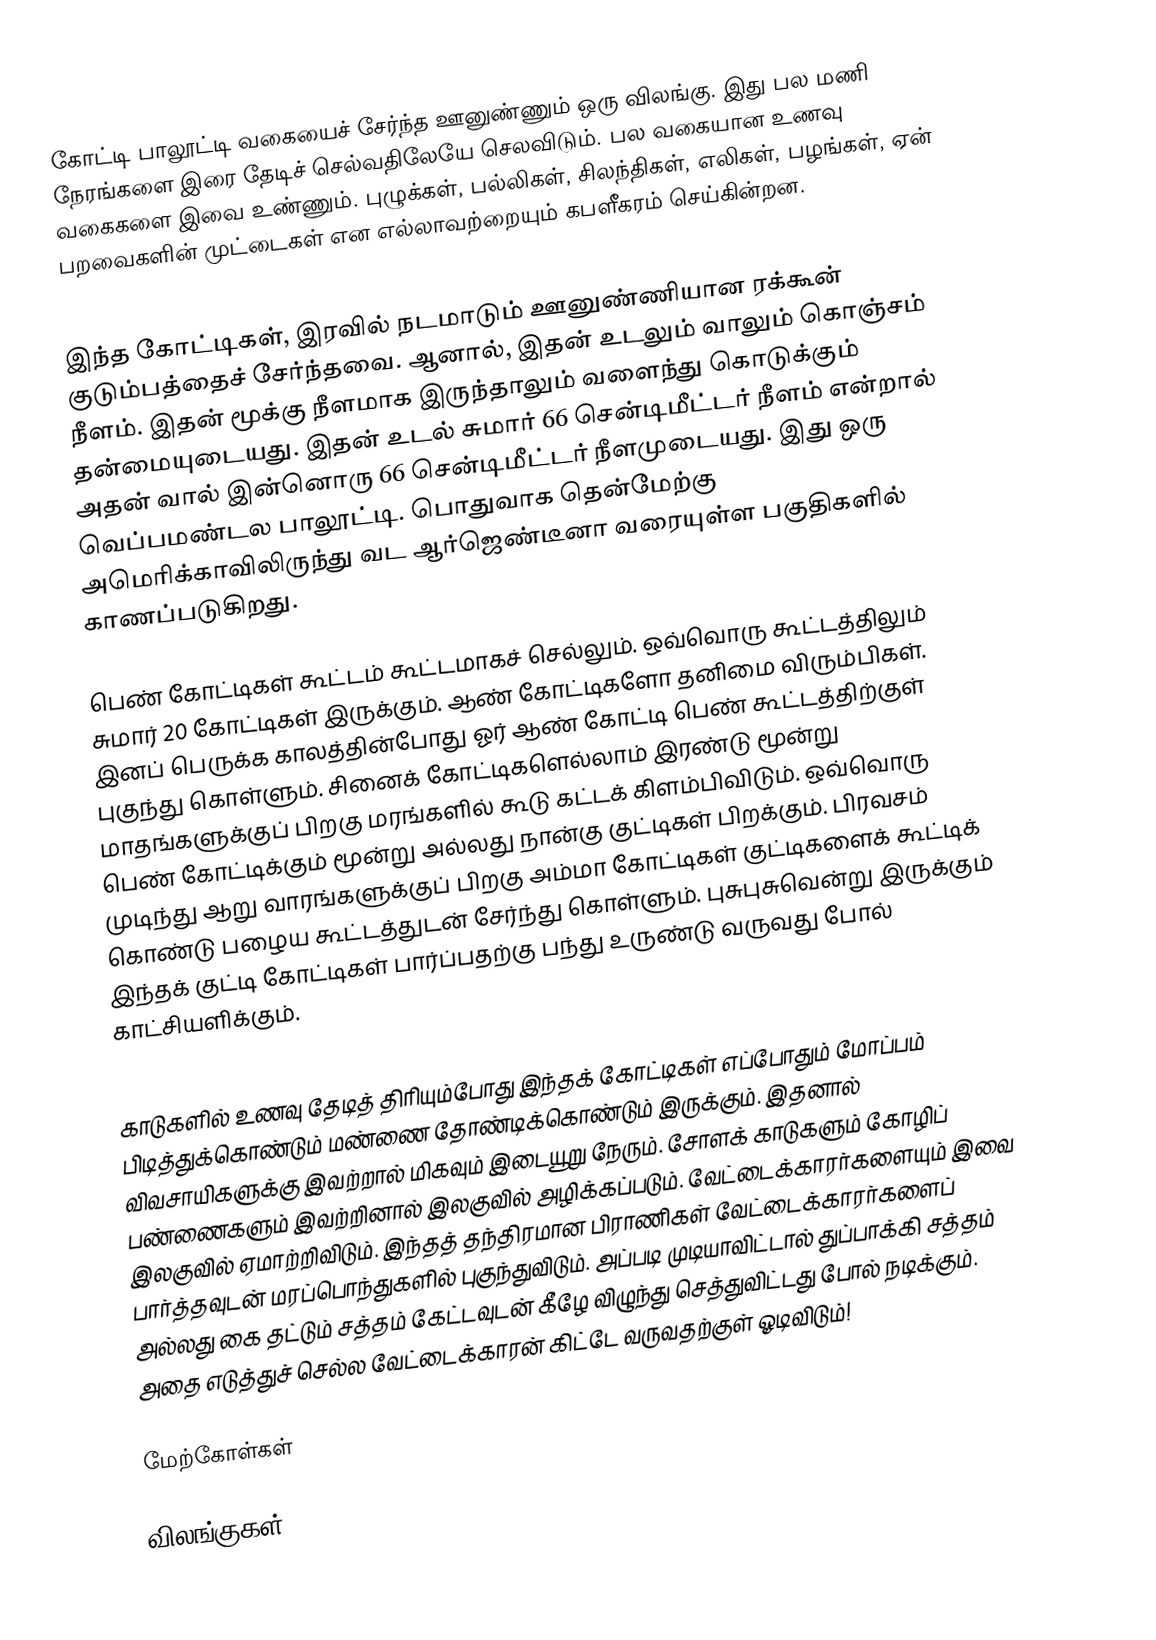
கோட்டி பாலூட்டி வகையைச் சேர்ந்த ஊனுண்ணும் ஒரு விலங்கு.  இது பல மணி நேரங்களை இரை தேடிச் செல்வதிலேயே செலவிடும். பல வகையான உணவு வகைகளை இவை உண்ணும். புழுக்கள், பல்லிகள், சிலந்திகள், எலிகள், பழங்கள், ஏன் பறவைகளின் முட்டைகள் என எல்லாவற்றையும் கபளீகரம் செய்கின்றன.

இந்த கோட்டிகள், இரவில் நடமாடும் ஊனுண்ணியான ரக்கூன் குடும்பத்தைச் சேர்ந்தவை. ஆனால், இதன் உடலும் வாலும் கொஞ்சம் நீளம். இதன் மூக்கு நீளமாக இருந்தாலும் வளைந்து கொடுக்கும் தன்மையுடையது. இதன் உடல் சுமார் 66 சென்டிமீட்டர் நீளம் என்றால் அதன் வால் இன்னொரு 66 சென்டிமீட்டர் நீளமுடையது. இது ஒரு வெப்பமண்டல பாலூட்டி. பொதுவாக தென்மேற்கு அமெரிக்காவிலிருந்து வட ஆர்ஜெண்டீனா வரையுள்ள பகுதிகளில் காணப்படுகிறது.

பெண் கோட்டிகள் கூட்டம் கூட்டமாகச் செல்லும். ஒவ்வொரு கூட்டத்திலும் சுமார் 20 கோட்டிகள் இருக்கும். ஆண் கோட்டிகளோ தனிமை விரும்பிகள். இனப் பெருக்க காலத்தின்போது ஓர் ஆண் கோட்டி பெண் கூட்டத்திற்குள் புகுந்து கொள்ளும். சினைக் கோட்டிகளெல்லாம் இரண்டு மூன்று மாதங்களுக்குப் பிறகு மரங்களில் கூடு கட்டக் கிளம்பிவிடும். ஒவ்வொரு பெண் கோட்டிக்கும் மூன்று அல்லது நான்கு குட்டிகள் பிறக்கும். பிரவசம் முடிந்து ஆறு வாரங்களுக்குப் பிறகு அம்மா கோட்டிகள் குட்டிகளைக் கூட்டிக் கொண்டு பழைய கூட்டத்துடன் சேர்ந்து கொள்ளும். புசுபுசுவென்று இருக்கும் இந்தக் குட்டி கோட்டிகள் பார்ப்பதற்கு பந்து உருண்டு வருவது போல் காட்சியளிக்கும்.

காடுகளில் உணவு தேடித் திரியும்போது இந்தக் கோட்டிகள் எப்போதும் மோப்பம் பிடித்துக்கொண்டும் மண்ணை தோண்டிக்கொண்டும் இருக்கும். இதனால் விவசாயிகளுக்கு இவற்றால் மிகவும் இடையூறு நேரும். சோளக் காடுகளும் கோழிப் பண்ணைகளும் இவற்றினால் இலகுவில் அழிக்கப்படும். வேட்டைக்காரர்களையும் இவை இலகுவில் ஏமாற்றிவிடும். இந்தத் தந்திரமான பிராணிகள் வேட்டைக்காரர்களைப் பார்த்தவுடன் மரப்பொந்துகளில் புகுந்துவிடும். அப்படி முடியாவிட்டால் துப்பாக்கி சத்தம் அல்லது கை தட்டும் சத்தம் கேட்டவுடன் கீழே விழுந்து செத்துவிட்டது போல் நடிக்கும். அதை எடுத்துச் செல்ல வேட்டைக்காரன் கிட்டே வருவதற்குள் ஓடிவிடும்!

மேற்கோள்கள்

விலங்குகள்